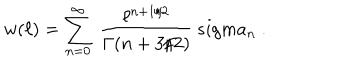
w ( \ell ) = \sum _ { n = 0 } ^ { \infty } \ { \frac { \ell ^ { n + 1 / 2 } } { \Gamma ( n + 3 / 2 ) } } \, s i g m a _ { n } \ .